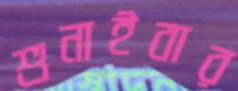
শুনাইবার